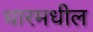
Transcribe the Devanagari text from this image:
धारमधील